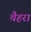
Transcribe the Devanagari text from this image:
चैहरा